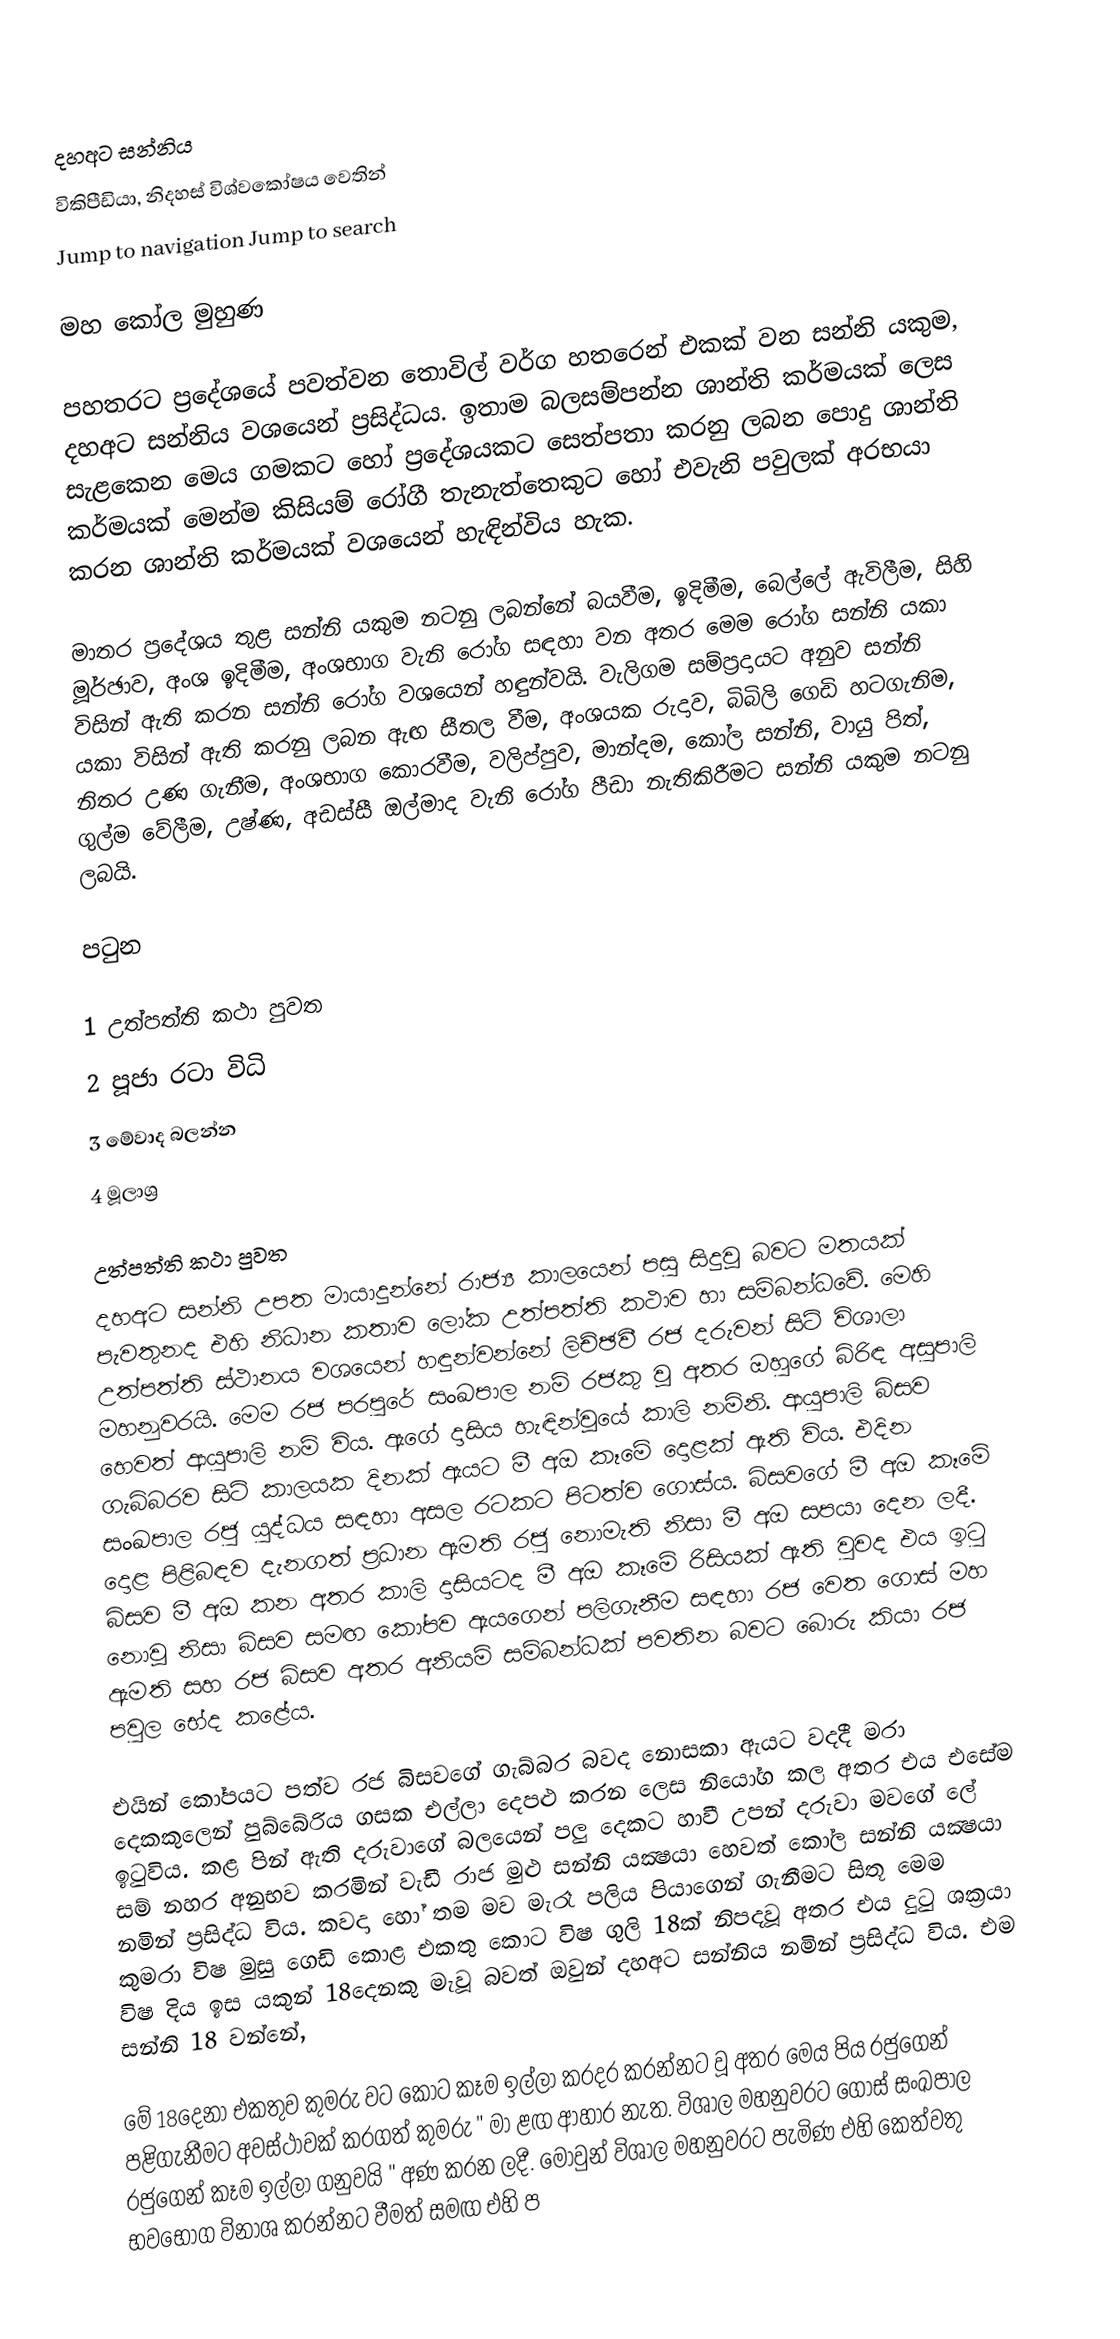

දහඅට සන්නිය
විකිපීඩියා, නිදහස් විශ්වකෝෂය වෙතින්
Jump to navigation		Jump to search

මහ කෝල මුහුණ

පහතරට ප්‍රදේශයේ පවත්වන තොවිල් වර්ග හතරෙන් එකක් වන සන්නි යකුම, දහඅට සන්නිය වශයෙන් ප්‍රසිද්ධය. ඉතාම බලසම්පන්න ශාන්ති කර්මයක් ලෙස සැළකෙන මෙය ගමකට හෝ ප්‍රදේශයකට සෙත්පතා කරනු ලබන පොදු ශාන්ති කර්මයක් මෙන්ම කිසියම් රෝගී තැනැත්තෙකුට හෝ එවැනි පවුලක් අරභයා කරන ශාන්ති කර්මයක් වශයෙන් හැඳින්විය හැක.

මාතර ප්‍රදේශය තුළ සන්නි යකුම නටනු ලබන්නේ බයවීම, ඉදිමීම, බෙල්ලේ ඇවිලීම, සිහි මූර්ඡාව, අංශ ඉදිමීම, අංශභාග වැනි රෝග සඳහා වන අතර මෙම රෝග සන්නි යකා විසින් ඇති කරන සන්නි රෝග වශයෙන් හඳුන්වයි. වැලිගම සම්ප්‍රදායට අනුව සන්නි යකා විසින් ඇති කරනු ලබන ඇඟ සීතල වීම, අංශයක රුදාව, බිබිලි ගෙඩි හටගැනිම, නිතර උණ ගැනීම, අංශභාග කොරවීම, වලිප්පුව, මාන්දම, කෝල සන්නි, වායු පිත්, ගුල්ම වේලීම, උෂ්ණ, අඩස්සී ඔල්මාද වැනි රෝග පීඩා නැතිකිරීමට සන්නි යකුම නටනු ලබයි.

පටුන

 1 උත්පත්ති කථා පුවත
 2 පූජා රටා විධි
 3 මේවාද බලන්න
 4 මූලාශ්‍ර

උත්පත්ති කථා පුවත
දහඅට සන්නි උපත මායාදුන්නේ රාජ්‍ය කාලයෙන් පසු සිදුවූ බවට මතයක් පැවතුනද එහි නිධාන කතාව ලෝක උත්පත්ති කථාව හා සම්බන්ධවේ. මෙහි උත්පත්ති ස්ථානය වශයෙන් හඳුන්වන්නේ ලිච්ඡවී රජ දරුවන් සිටි විශාලා මහනුවරයි. මෙම රජ පරපුරේ සංඛපාල නම් රජකු වූ අතර ඔහුගේ බිරිඳ අසුපාලි හෙවත් ආයුපාලි නම් විය. ඇගේ දාසිය හැඳින්වූයේ කාලි නමිනි.  ආයුපාලි බිසව ගැබ්බරව සිටි කාලයක දිනක් ඇයට මී අඔ කෑමේ දොළක් ඇති විය. එදින සංඛපාල රජු යුද්ධය සඳහා අසල රටකට පිටත්ව ගොස්ය. බිසවගේ මී අඔ කෑමේ දොළ පිළිබඳව දැනගත් ප්‍රධාන ඇමති රජු නොමැති නිසා මී අඔ සපයා දෙන ලදී. බිසව‍ මී අඔ කන අතර කාලි දාසියටද මී අඔ කෑමේ රිසියක් ඇති වුවද එය ඉටු නොවූ නිසා බිසව සමඟ කෝපව ඇයගෙන් පලිගැනීම සඳහා රජ වෙත ගොස් මහ ඇමති සහ රජ බිසව අතර අනියම් සම්බන්ධක් පවතින බවට බොරු කියා රජ පවුල භේද කළේය.

එයින් කෝපයට පත්ව රජ බිසවගේ ගැබ්බර බවද නොසකා ඇයට වදදී මරා දෙකකුලෙන් පුබ්බේරිය ගසක එල්ලා දෙපළු කරන ලෙස නියෝග කල අතර එය එසේම ඉටුවිය. කළ පින් ඇති දරුවාගේ බලයෙන් පලු දෙකට හාවී උපන් දරුවා මවගේ ලේ සම් නහර අනුභව කරමින් වැඩී රාජ මුළු සන්නි යක්‍ෂයා හෙවත් කෝල සන්නි යක්‍ෂයා නමින් ප්‍රසිද්ධ විය. කවදා හෝ තම මව මැරෑ පලිය පියාගෙන් ගැනීමට සිතූ මෙම කුමරා විෂ මුසු ගෙඩි කොළ එකතු කොට විෂ ගුලි 18ක් නිපදවූ අතර එය දුටු ශක්‍රයා විෂ දිය ඉස යකුන් 18දෙනකු මැවූ බවත් ඔවුන් දහඅට සන්නිය නමින් ප්‍රසිද්ධ විය. එම සන්නි 18 වන්නේ,

මේ 18දෙනා එකතුව කුමරු වට කොට කෑම ඉල්ලා කරදර කරන්නට වූ අතර මෙය පිය රජුගෙන් පළිගැනීමට අවස්ථාවක් කරගත් කුමරු " මා ළඟ ආහාර නැත. විශාල මහනුවරට ගොස් සංඛපාල රජුගෙන් කෑම ඉල්ලා ගනුවයි " අණ කරන ලදී. මොවුන් විශාල මහනුවරට පැමිණ එහි කෙත්වතු භවභෝග විනාශ කරන්නට වීමත් සමඟ එහි ප